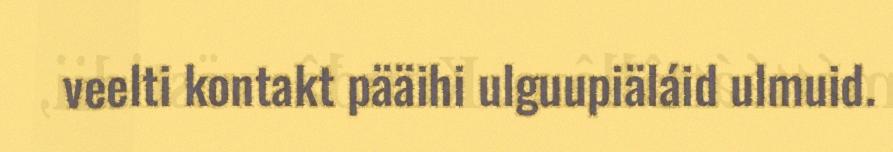
veelti kontakt pääihi ulguupiäláid ulmuid.